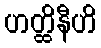
ဟတ္ထိနီဟိ